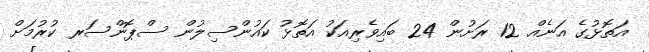
އަތޮޅުގެ އަނެއް 12 ރަށުން 24 ބައިވެރިއަކު އަތޮޅު ކައުންސިލުން ސްޕޮންސަރ ކުރުމަށް